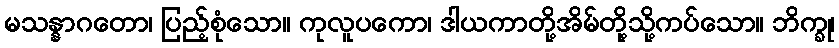
မသန္နာဂတော၊ ပြည့်စုံသော။ ကုလူပကော၊ ဒါယကာတို့အိမ်တို့သို့ကပ်သော။ ဘိက္ခု၊